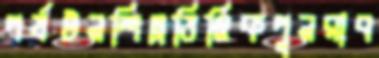
পর্যটনশিল্পভিত্তিকপুনরাব